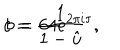
LaTeX: c = \frac { 1 } { 1 - \hat { u } } ~ ~ , \hspace { 1 c m } b = 6 4 e ^ { 2 \pi i \tau } .